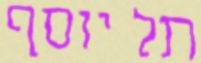
תל יוסף